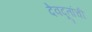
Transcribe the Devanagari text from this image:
देवदूतांची